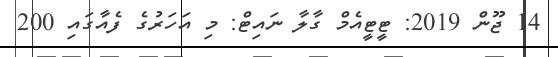
14 ޖޫން 2019: ޓީޓީއެމް ގާލާ ނައިޓް: މި އަހަރުގެ ފެއާގައި 200